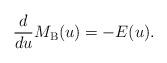
LaTeX: \begin{align*} \frac{d}{d u}M_{\rm B}(u) = -E(u).\end{align*}